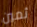
ثمين